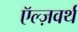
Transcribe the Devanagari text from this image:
ऍल्ज़वर्थ